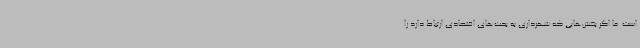
است. ما اگر بخش‌هایی که شهرداری به بحث‌های اقتصادی ارتباط دارد را